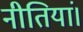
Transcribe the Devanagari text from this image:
नीतियां।